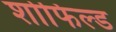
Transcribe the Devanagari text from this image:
शोफिल्ड